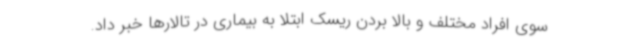
سوی افراد مختلف و بالا بردن ریسک ابتلا به بیماری در تالارها خبر داد.